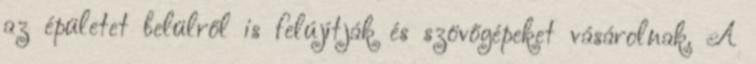
az épületet belülről is felújítják és szövőgépeket vásárolnak. A